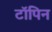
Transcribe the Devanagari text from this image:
टॉपिन